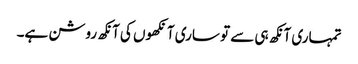
تمہاری آنکھ ہی سے تو ساری آنکھوں کی آنکھ روشن ہے۔